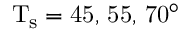
\mathrm { { T _ { s } } = 4 5 , \, 5 5 , \, 7 0 ^ { \circ } }